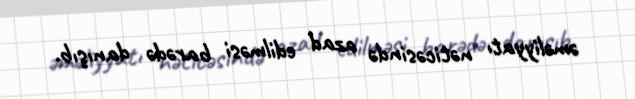
əməliyyatı nəticəsində azad edilməsi barədə danışıb.